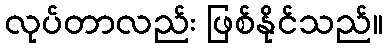
လုပ်တာလည်း ဖြစ်နိုင်သည်။